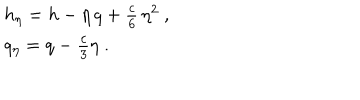
\begin{array} { l } { { h _ { \eta } = h - \eta \, q + { \frac { c } { 6 } } \, \eta ^ { 2 } ~ , } } \\ { { q _ { \eta } = q - { \frac { c } { 3 } } \eta ~ . } } \\ \end{array}